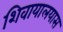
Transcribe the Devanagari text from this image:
शिवायालयास